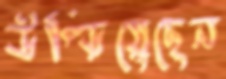
উপ্‌ড়িয়েছেন